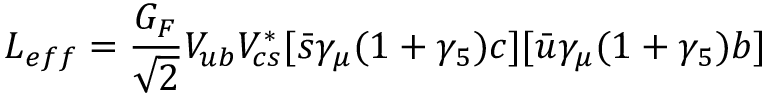
L _ { e f f } = \frac { G _ { F } } { \sqrt { 2 } } V _ { u b } V _ { c s } ^ { * } [ \bar { s } \gamma _ { \mu } ( 1 + \gamma _ { 5 } ) c ] [ \bar { u } \gamma _ { \mu } ( 1 + \gamma _ { 5 } ) b ]